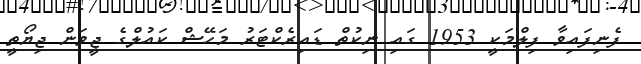
ފެނިފައިވާ ފިލްމަކީ 1953 ގައި ނިކުތް ޑައިރެކްޓަރު މަހޭޝް ކައުލްގެ ޖީވަން ޖިޔޯތީ